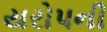
યરોપની